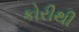
કોરીથી